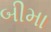
બીમા